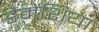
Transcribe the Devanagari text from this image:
डैमेंशिया